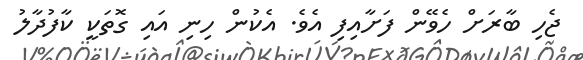
ޖެހި ބާރަށް ހެވޭން ފަށާއިފި އެވެ. އެކުން ހިނި އައި ގޮތަކީ ކާފުދާލު